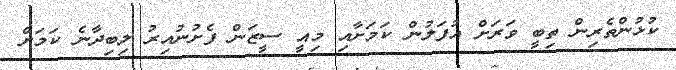
ކުޅުންތެރިން ތިބީ ވަރަށް އުފަލުން ކަމަށާއި މިއީ ސީޒަން ފެށުނުއިރު ލިބިދާނެ ކަމަށް